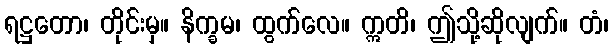
ရဋ္ဌတော၊ တိုင်းမှ။ နိက္ခမ၊ ထွက်လေ။ ဣတိ၊ ဤသို့ဆိုလျက်။ တံ၊